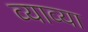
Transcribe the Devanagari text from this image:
व्याव्या